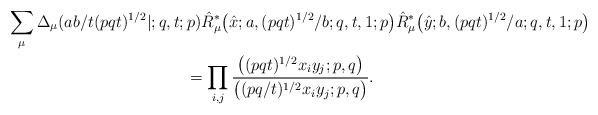
LaTeX: \begin{gather*}\sum_{\mu}\Delta_\mu(ab/t(pqt)^{1/2}|;q,t;p)\hat{R}^*_{\mu}\big(\hat{x};a,(pqt)^{1/2}/b;q,t,1;p\big)\hat{R}^*_{\mu}\big(\hat{y};b,(pqt)^{1/2}/a;q,t,1;p\big) \\{}= \prod_{i,j} \frac{\big((pqt)^{1/2}x_iy_j;p,q\big)} {\big((pq/t)^{1/2}x_iy_j;p,q\big)}.\end{gather*}